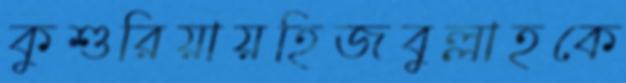
কুশুরিয়ায়হিজবুল্লাহকে